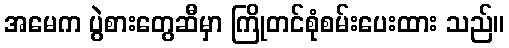
အမေက ပွဲစားတွေဆီမှာ ကြိုတင်စုံစမ်းပေးထား သည်။